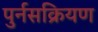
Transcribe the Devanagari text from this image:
पुर्नसक्रियण